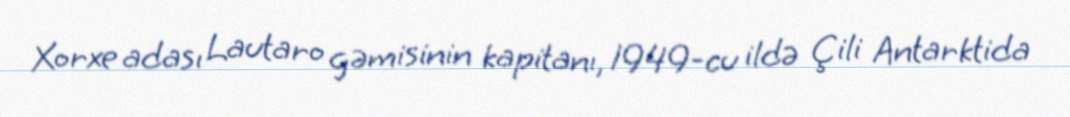
Xorxe adası Lautaro gəmisinin kapitanı, 1949-cu ildə Çili Antarktida